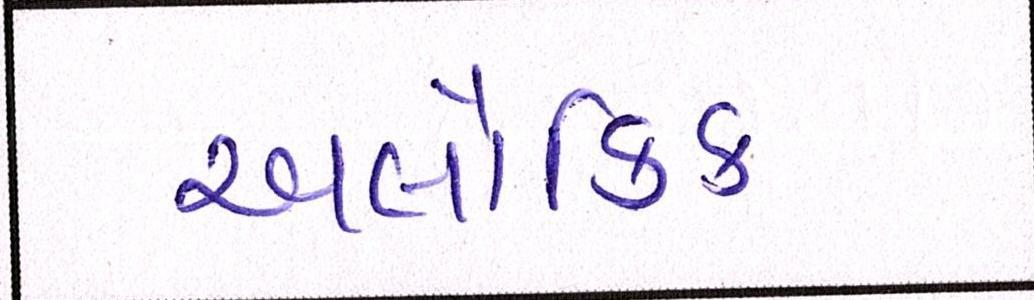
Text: અલૌકિક